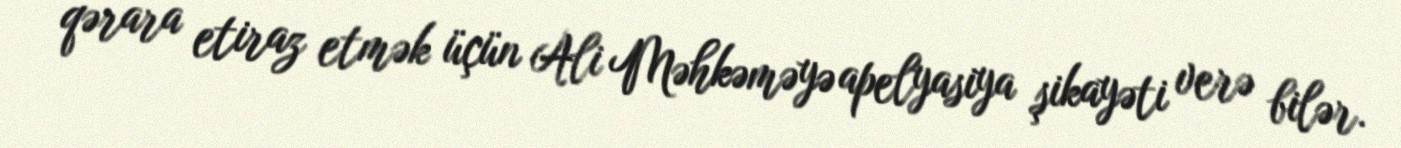
qərara etiraz etmək üçün Ali Məhkəməyə apelyasiya şikayəti verə bilər.